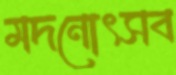
মদনোৎসব